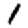
Digit: 1